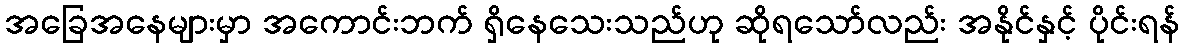
အခြေအနေများမှာ အကောင်းဘက် ရှိနေသေးသည်ဟု ဆိုရသော်လည်း အနိုင်နှင့် ပိုင်းရန်